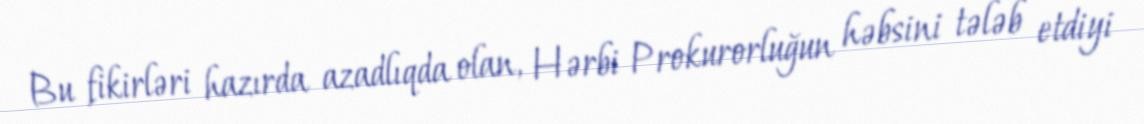
Bu fikirləri hazırda azadlıqda olan, Hərbi Prokurorluğun həbsini tələb etdiyi